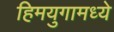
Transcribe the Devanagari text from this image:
हिमयुगामध्ये